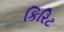
કિરિટ